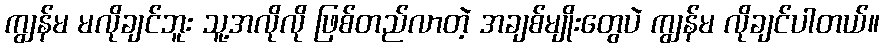
ကျွန်မ မလိုချင်ဘူး သူ့အလိုလို ဖြစ်တည်လာတဲ့ အချစ်မျိုးတွေပဲ ကျွန်မ လိုချင်ပါတယ်။